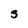
Character: S